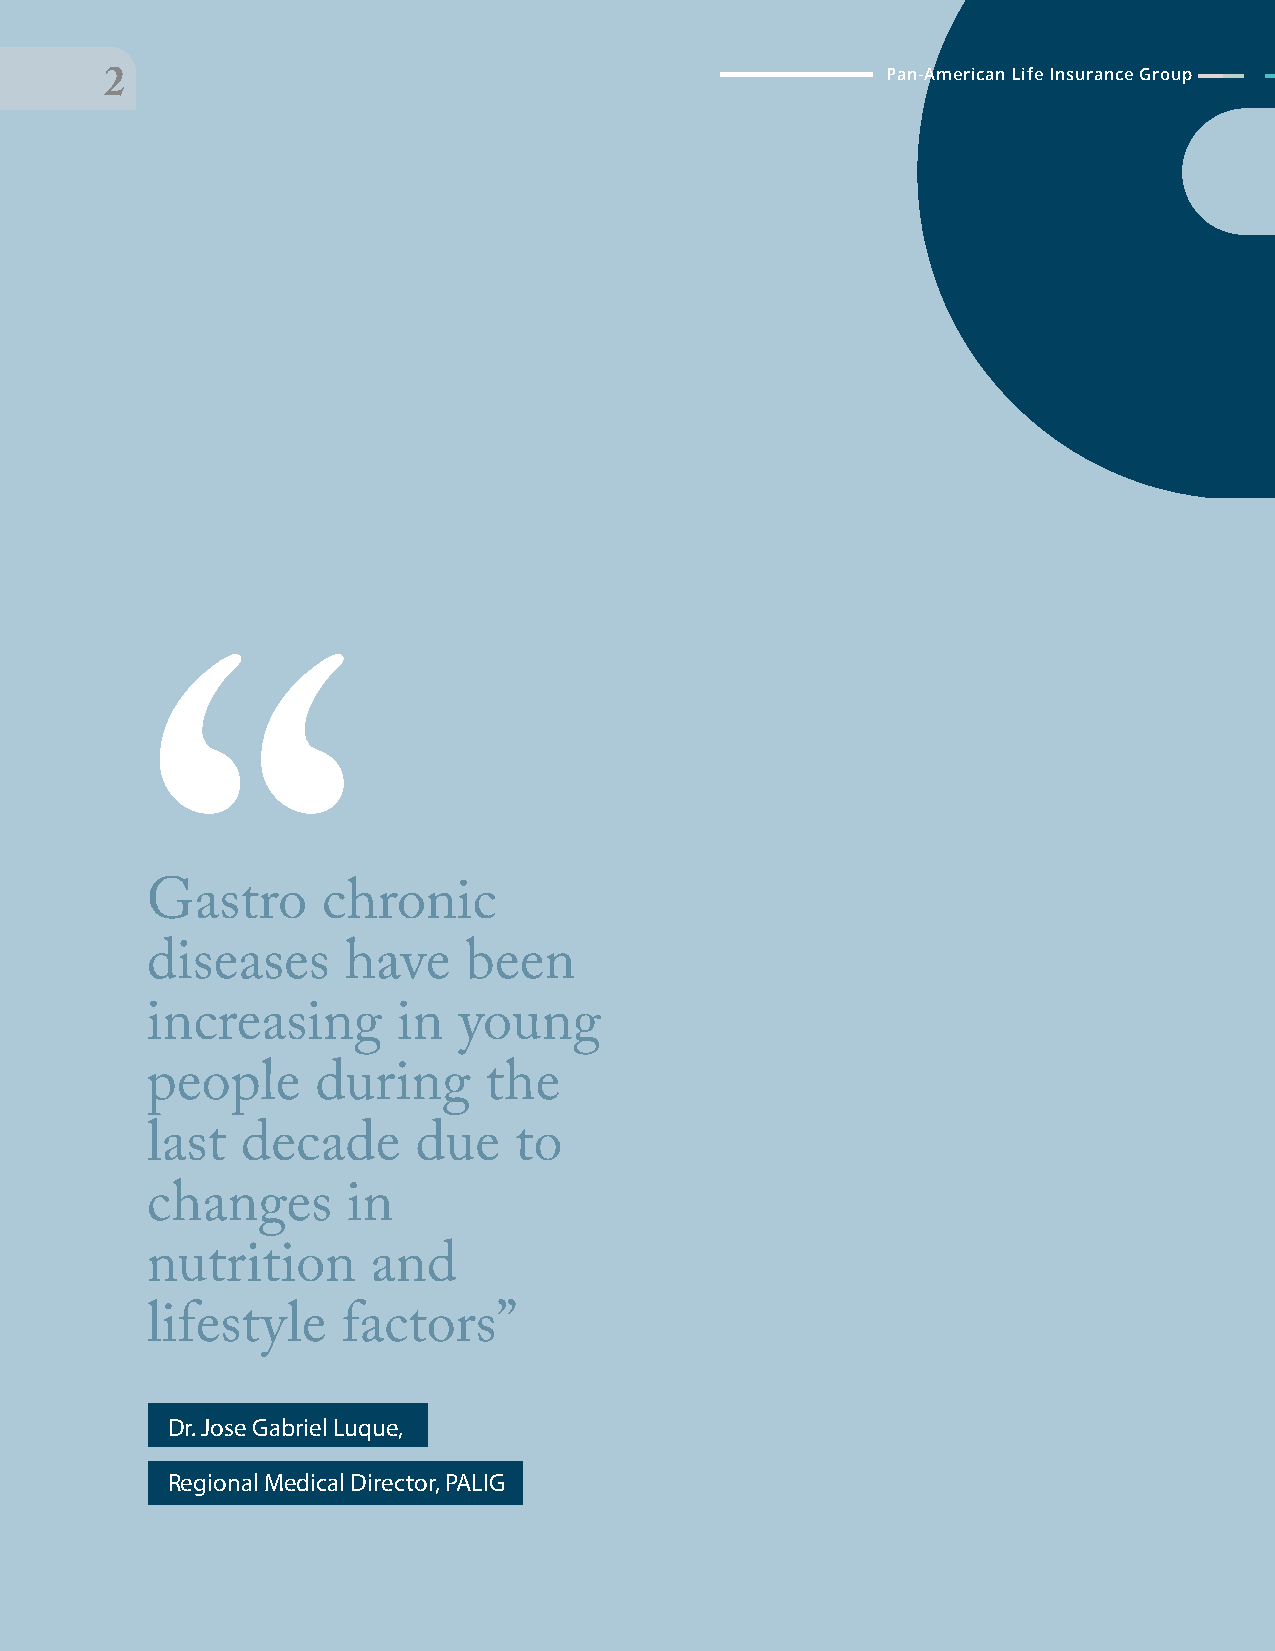
PPaann--AAmmeerriiccaann LLiiffee IInnssuurraannccee GGrroouupp
 222
 “Gastro    chronic
 diseases     have    been
 increasing      in  young
 people     during     the
 last  decade     due    to
 changes      in
 nutrition      and
 lifestyle    factors”
 Dr. Jose Gabriel Luque,
 Regional Medical Director, PALIG